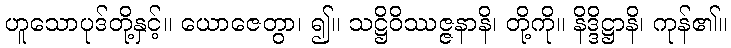
ဟူသောပုဒ်တို့နှင့်။ ယောဇေတွာ၊ ၍။ သဋ္ဌိဝိဿဇ္ဇနာနိ၊ တို့ကို။ နိဒ္ဒိဋ္ဌာနိ၊ ကုန်၏။